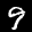
Label: 9